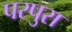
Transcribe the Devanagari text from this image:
परपुरा